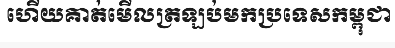
ហើយគាត់មើលត្រឡប់មកប្រទេសកម្ពុជា